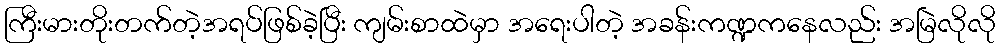
ကြီးမားတိုးတက်တဲ့အရပ်ဖြစ်ခဲ့ပြီး ကျမ်းစာထဲမှာ အရေးပါတဲ့ အခန်းကဏ္ဍကနေလည်း အမြဲလိုလို